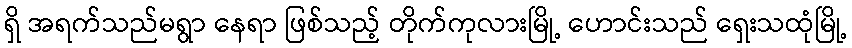
ရှိ အရက်သည်မရွာ နေရာ ဖြစ်သည့် တိုက်ကုလားမြို့ ဟောင်းသည် ရှေးသထုံမြို့